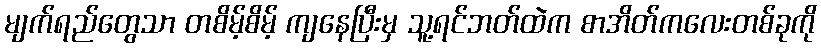
မျက်ရည်တွေသာ တစိမ့်စိမ့် ကျနေပြီးမှ သူ့ရင်ဘတ်ထဲက စာအိတ်ကလေးတစ်ခုကို